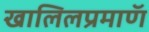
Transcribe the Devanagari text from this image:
खालिलप्रमाणॅ